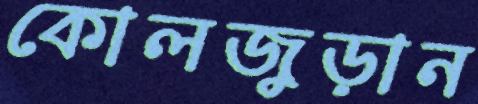
কোলজুড়ান